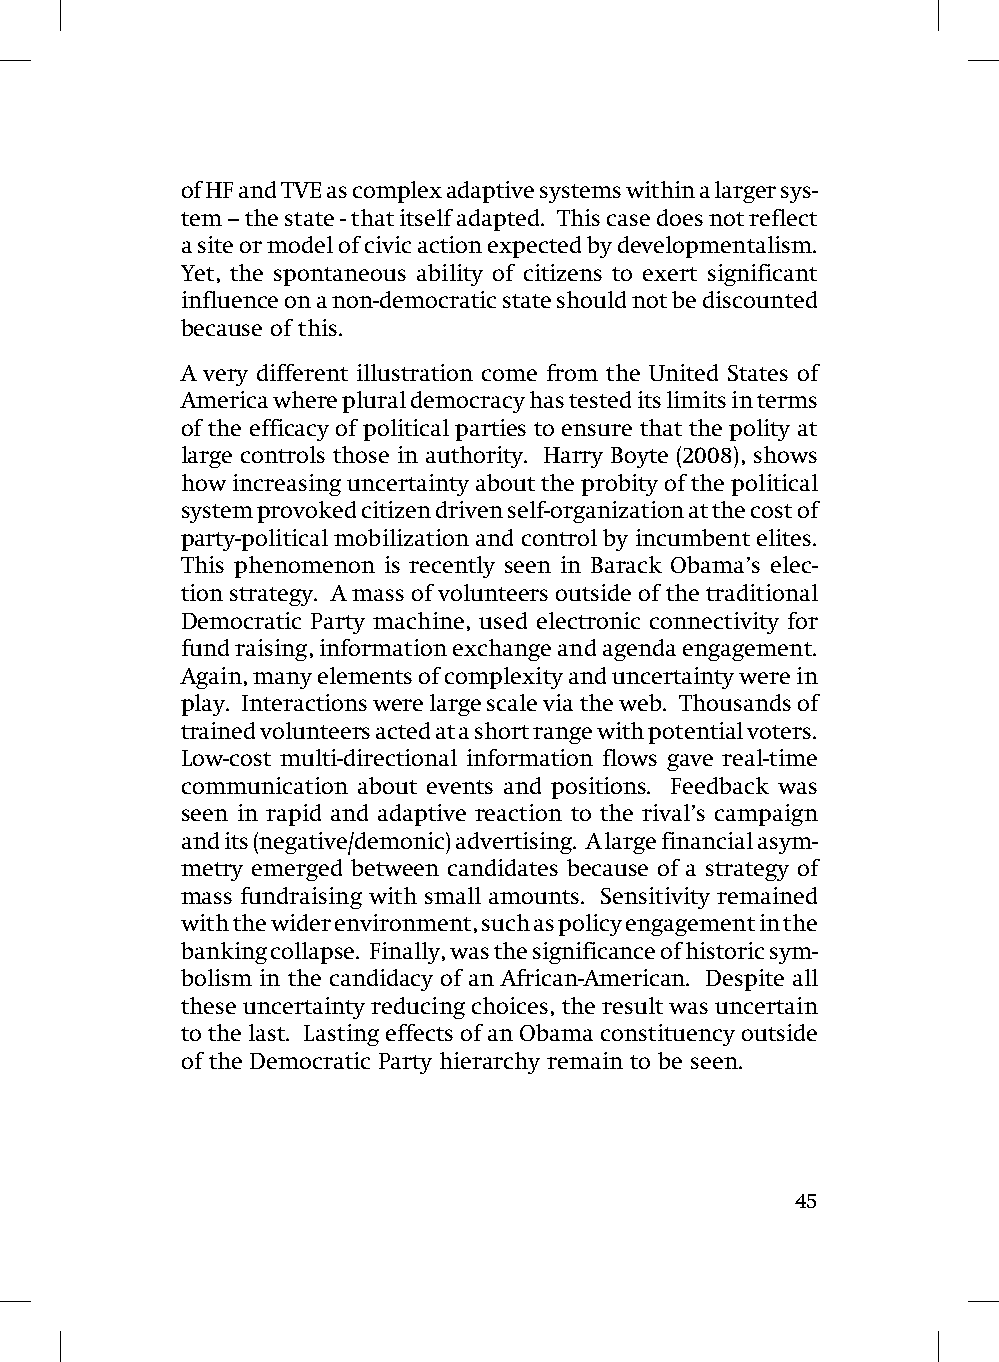
of HF and TVE as complex adaptive systems within a larger sys-
 tem – the state - that itself adapted. This case does not reflect
 a site or model of civic action expected by developmentalism.
 Yet, the spontaneous ability of citizens to exert significant
 influence on a non-democratic state should not be discounted
 because of this.
 A very different illustration come from the United States of
 America where plural democracy has tested its limits in terms
 of the efficacy of political parties to ensure that the polity at
 large controls those in authority. Harry Boyte (2008), shows
 how increasing uncertainty about the probity of the political
 system provoked citizen driven self-organization at the cost of
 party-political mobilization and control by incumbent elites.
 This phenomenon is recently seen in Barack Obama’s elec-
 tion strategy. A mass of volunteers outside of the traditional
 Democratic Party machine, used electronic connectivity for
 fund raising, information exchange and agenda engagement.
 Again, many elements of complexity and uncertainty were in
 play. Interactions were large scale via the web. Thousands of
 trained volunteers acted at a short range with potential voters.
 Low-cost multi-directional information flows gave real-time
 communication about events and positions. Feedback was
 seen in rapid and adaptive reaction to the rival’s campaign
 and its (negative/demonic) advertising. A large financial asym-
 metry emerged between candidates because of a strategy of
 mass fundraising with small amounts. Sensitivity remained
 with the wider environment, such as policy engagement in the
 banking collapse. Finally, was the significance of historic sym-
 bolism in the candidacy of an African-American. Despite all
 these uncertainty reducing choices, the result was uncertain
 to the last. Lasting effects of an Obama constituency outside
 of the Democratic Party hierarchy remain to be seen.
 45